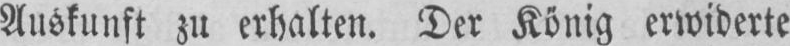
Auskunft zu erhalten. Der König erwiderte